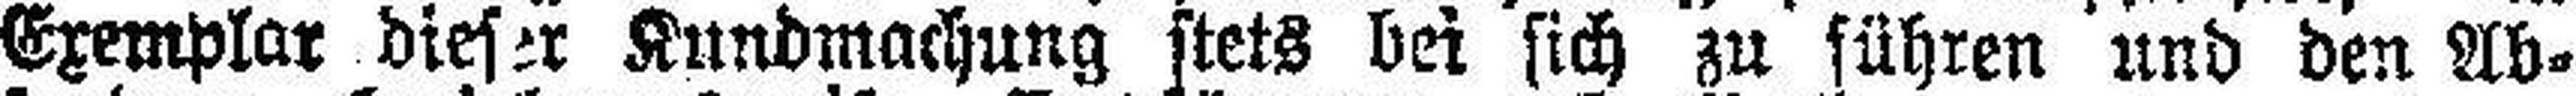
Exemplar dieser Kundmachung stets bei sich zu führen und den Ab¬